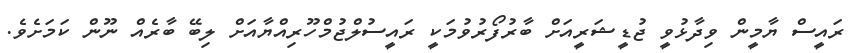
ރައީސް ޔާމީން ވިދާޅުވީ ޖުޑީޝަރީއަށް ބާރުފޯރުވުމަކީ ރައީސުލްޖުމްހޫރިއްޔާއަށް ލިބޭ ބާރެއްް ނޫން ކަމަށެވެ.